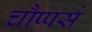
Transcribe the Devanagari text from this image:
चौप्पर्स